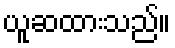
ယူဆထားသည်။